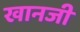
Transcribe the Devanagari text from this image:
खानजी